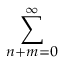
\sum _ { n + m = 0 } ^ { \infty }